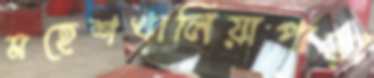
মহেশখালিয়াপাড়া